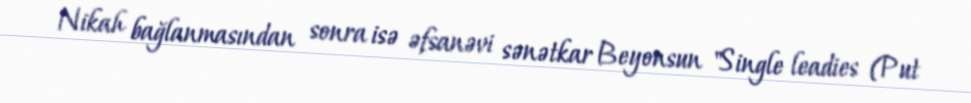
Nikah bağlanmasından sonra isə əfsanəvi sənətkar Beyonsun "Single leadies (Put